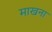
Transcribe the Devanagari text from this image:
माखना